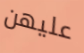
عليهن